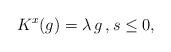
LaTeX: \begin{align*}K^{x}(g)=\lambda\,g\,,s\leq 0,\end{align*}